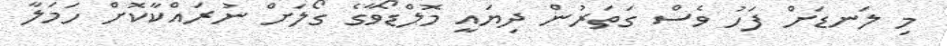
މި ލަނޑަށް ފަހު ވެސް ގަތަރުން ދިޔައީ މޮލްޑޯވާގެ ގޯލަށް ނުރައްކާކޮށް ހަމަލާ